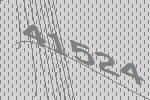
41524